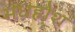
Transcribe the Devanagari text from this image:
मधहोश